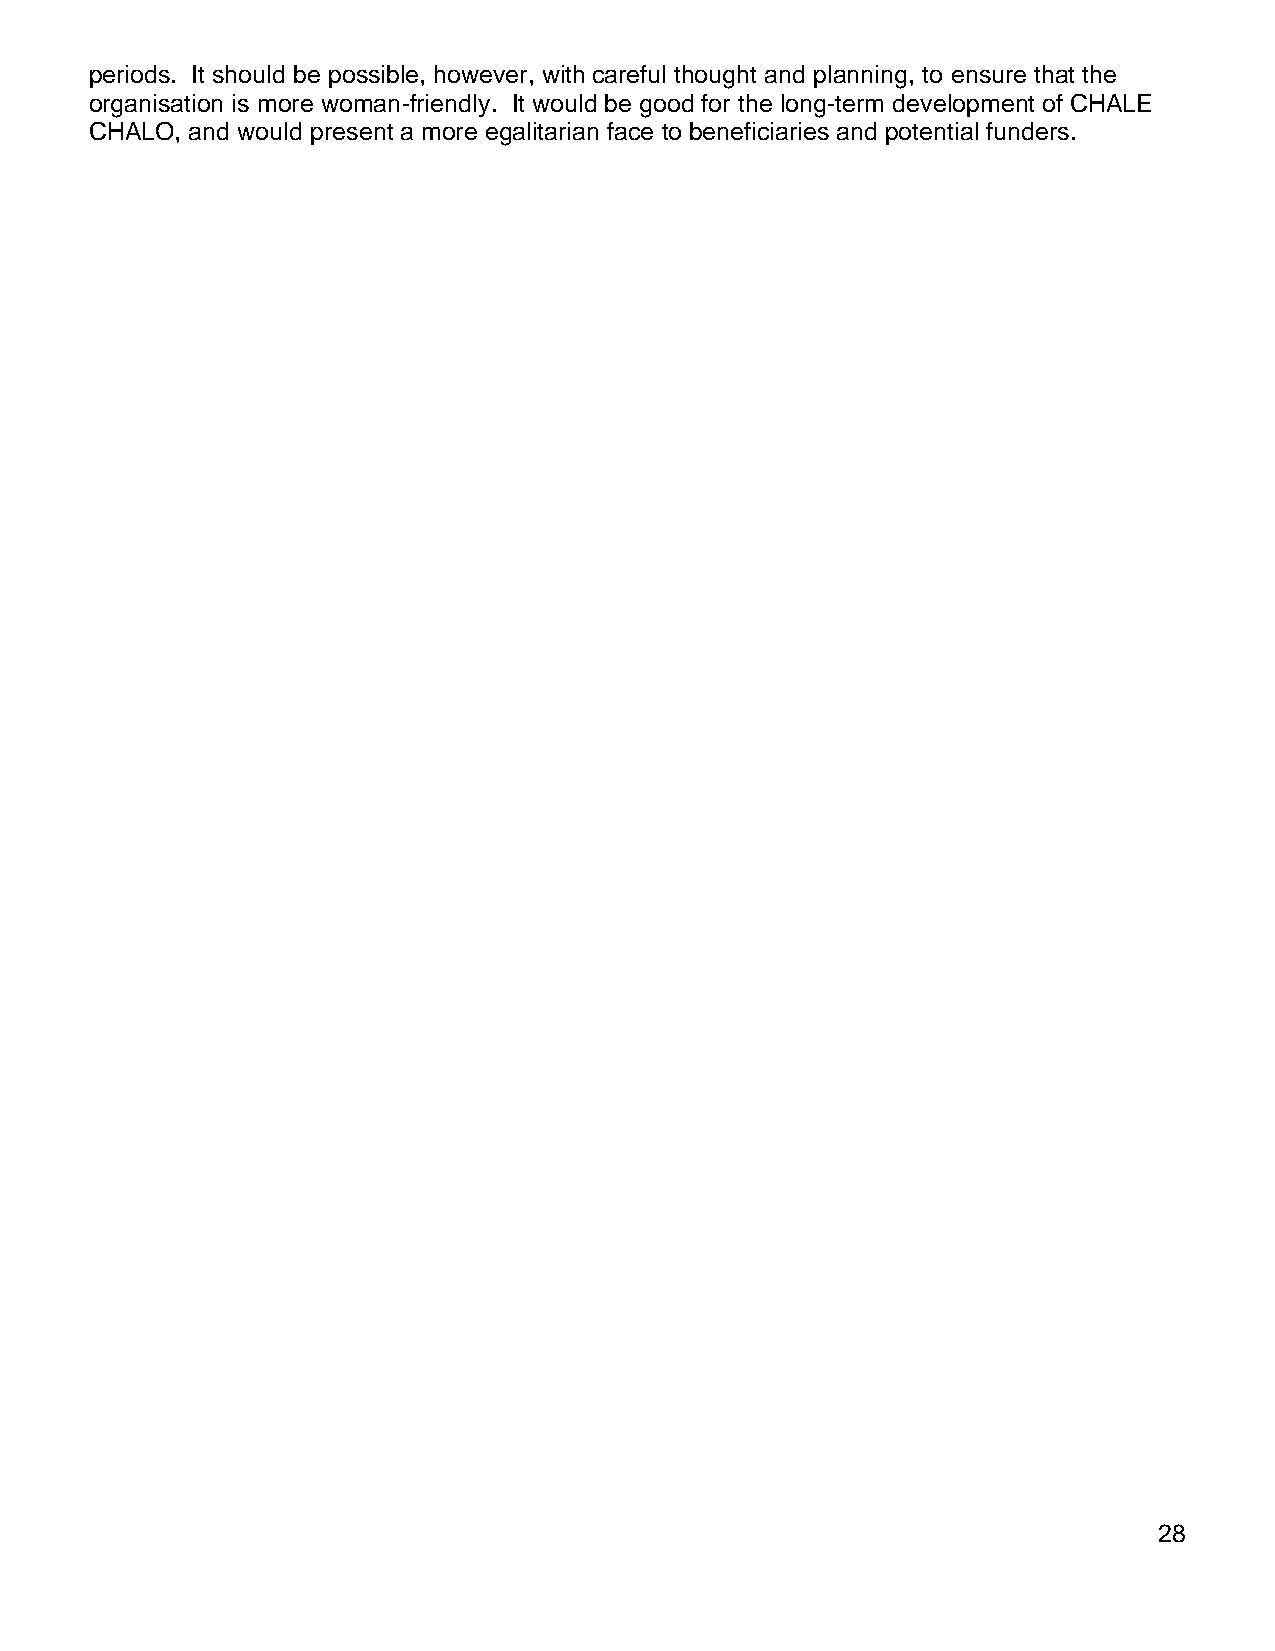
periods. It should be possible, however, with careful thought and planning, to ensure that the
 organisation is more woman-friendly. It would be good for the long-term development of CHALE
 CHALO, and would present a more egalitarian face to beneficiaries and potential funders.
 28